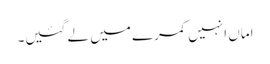
اماں انہیں کمرے میں لے گئیں۔